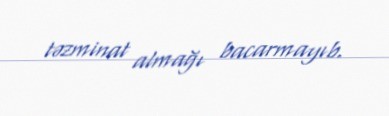
təzminat almağı bacarmayıb.